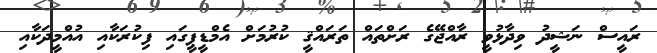
ރައީސް ނަޝީދު ވިދާޅުވީ ރާއްޖޭގެ ރަށްތައް ތަރައްޤީ ކުރުމަށް އެމްޑީޕީގައި ފިކުރަކާއި އުއްމީދަކާއި